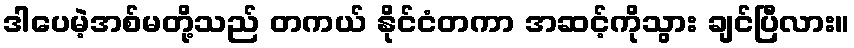
ဒါပေမဲ့အစ်မတို့သည် တကယ် နိုင်ငံတကာ အဆင့်ကိုသွား ချင်ပြီလား။